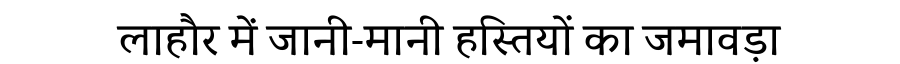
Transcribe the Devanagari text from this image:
लाहौर में जानी-मानी हस्तियों का जमावड़ा